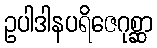
ဥပါဒါနပရိဇေဂုစ္ဆာ